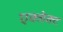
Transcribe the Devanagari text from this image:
एक्जेक्ट